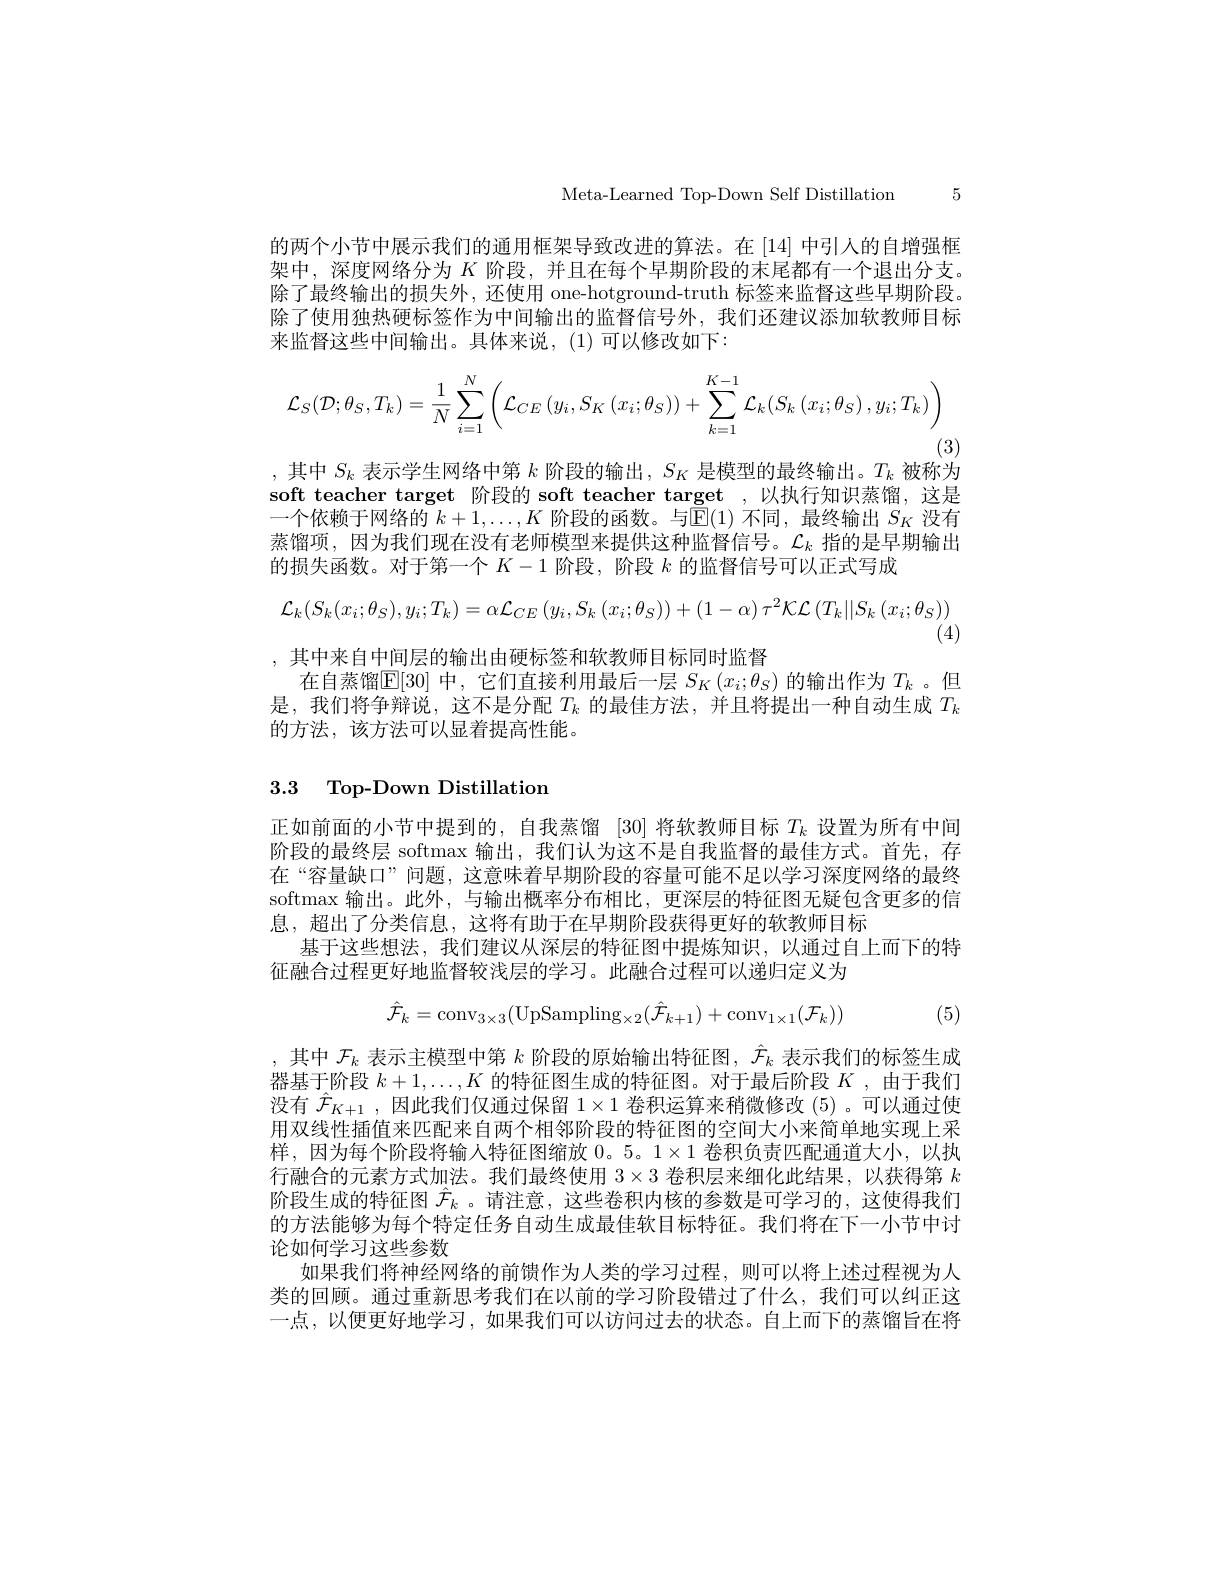
Meta-Learned Top-Down Self Distillatio

的两个小节中展示我们的通用框架导致改进的算法。在 [14] 中引人的自增强框架中，深度网络分为$K$阶段，并且在每个早期阶段的末尾都有一个退出分支。除了最终输出的损失外，还使用 one-hotground-truth 标签来除了使用独热硬标签作为中间输出的监督信号外，我们还建议添加软教师目标来监督这些中间输出。具体来说，(1)可以修改如下：
$$\mathcal{L}_{S}(\mathcal{D};\theta_{S},T_{k})=\frac{1}{N}\sum_{i=1}^{N}\left(\mathcal{L}_{CE}\left(y_{i},S_{K}\left(x_{i};\theta_{S}\right)\right)+\sum_{k=1}^{K-1}\mathcal{L}_{k}(S_{k}\left(x_{i};\theta_{S}\right),y_{i};T_{k})\right)$$
(3)
,其中$S_k$表示学生网络中第$k$阶段的输出$,S_K$

soft teacher target 阶段的 soft teacher t 一个依赖于网络的$k+1,\ldots,K$阶段的函数。与$\mathbb{E}(1)$不同蒸馏项，因为我们现在没有老师模型来提供这种监督信号。$\mathcal{L}_k$指的是早期输出的损失函数。对于第一个$K-1$阶段，阶段$k$的监督信号可以正式
$$\mathcal{L}_{k}(S_{k}(x_{i};\theta_{S}),y_{i};T_{k})=\alpha\mathcal{L}_{CE}\left(y_{i},S_{k}\left(x_{i};\theta_{S}\right)\right)+(1-\alpha)\tau^{2}\mathcal{KL}\left(T_{k}||S_{k}\left(x_{i};\theta_{S}\right)\right)$$
(4)
,其中来自中间层的输出由硬标签和软教师目标同时监督
在自蒸馏$\mathbb{E}[30]$ 中，它们直接利用最后一层 $S_K\left(x_i;$ 是，我们将争辩说，这不是分配$T_k$的最佳方法，并且将提出一种自动生成$T_k$ 的方法，该方法可以显着提高性能。

## 3.3 Top-Down Distillation

正如前面的小节中提到的，自我蒸馏 [30] 将软教师目标$T_k$设置为阶段的最终层 softmax 输出，我们认为这不是自我监督的最佳方式。首先， 在“容量缺口”问题，这意味着早期阶段的容量可能不足以学习深度网络的最终softmax 输出。此外，与输出概率分布相比，更深层的特征图无疑包含更多的息，超出了分类信息，这将有助于在早期阶段获得更好的软教师目标
基于这些想法，我们建议从深层的特征图中提炼知识，以通过自上而下的特
征融合过程更好地监督较浅层的学习。此融合过程可以递归定义为
$$\hat{\mathcal{F}}_k=\mathrm{conv}_{3\times3}(\mathrm{UpSampling}_{\times2}(\hat{\mathcal{F}}_{k+1})+\mathrm{conv}_{1\times1}(\mathcal{F}_k))$$
(5)

,其中$\mathcal{F}_k$表示主模型中第$k$阶段的原始输出特征图，$\hat{\mathcal{F}}_k$表示我们的标签生成器基于阶段$k+1,\ldots,K$的特征图生成的特征图。对于最后阶段$K$, 没有$\hat{\mathcal{F}}_{K+1}$ ,因此我们仅通过保留$1\times1$卷积运算来稍微修改 (5)。可以通过使用双线性插值来匹配来自两个相邻阶段的特征图的空间大小来简单地实现上采样，因为每个阶段将输入特征图缩放 0。5。1×1 卷积负责匹配通道大小，以执行融合的元素方式加法。我们最终使用$3\times3$卷积层来细化此结果，以获得第$k$ 阶段生成的特征图$\hat{\mathcal{F}}_k$ 。请注意，这些卷积内核的参数是可学习的，这使得我们的方法能够为每个特定任务自动生成最佳软目标特征。我们将在下一小节中讨论如何学习这些参数
如果我们将神经网络的前馈作为人类的学习过程，则可以将上述过程视为人类的回顾。通过重新思考我们在以前的学习阶段错过了什么，我们可以纠正这一点，以便更好地学习，如果我们可以访问过去的状态。自上而下的蒸馏旨在将